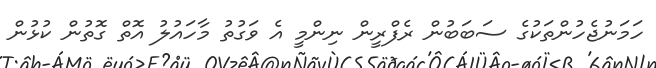
ހަމަނުޖެހުންތަކުގެ ސަބަބުން ރެފްރީން ނިންމީ އެ ވަގުތު މާހައުލު އޮތް ގޮތުން ކުޅުން